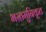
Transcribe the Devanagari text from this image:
भरतमुनिकृत